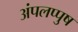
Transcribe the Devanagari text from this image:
अंपलप्पुष